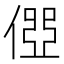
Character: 𠍄